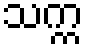
သက္က